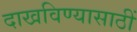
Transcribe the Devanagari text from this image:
दाखविण्यासाठीं